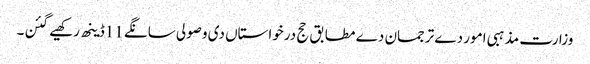
وزارت مذہبی امور دے ترجمان دے مطابق حج درخواستاں دی وصولی سانگے 11ڈینھ رکھیے گئن۔